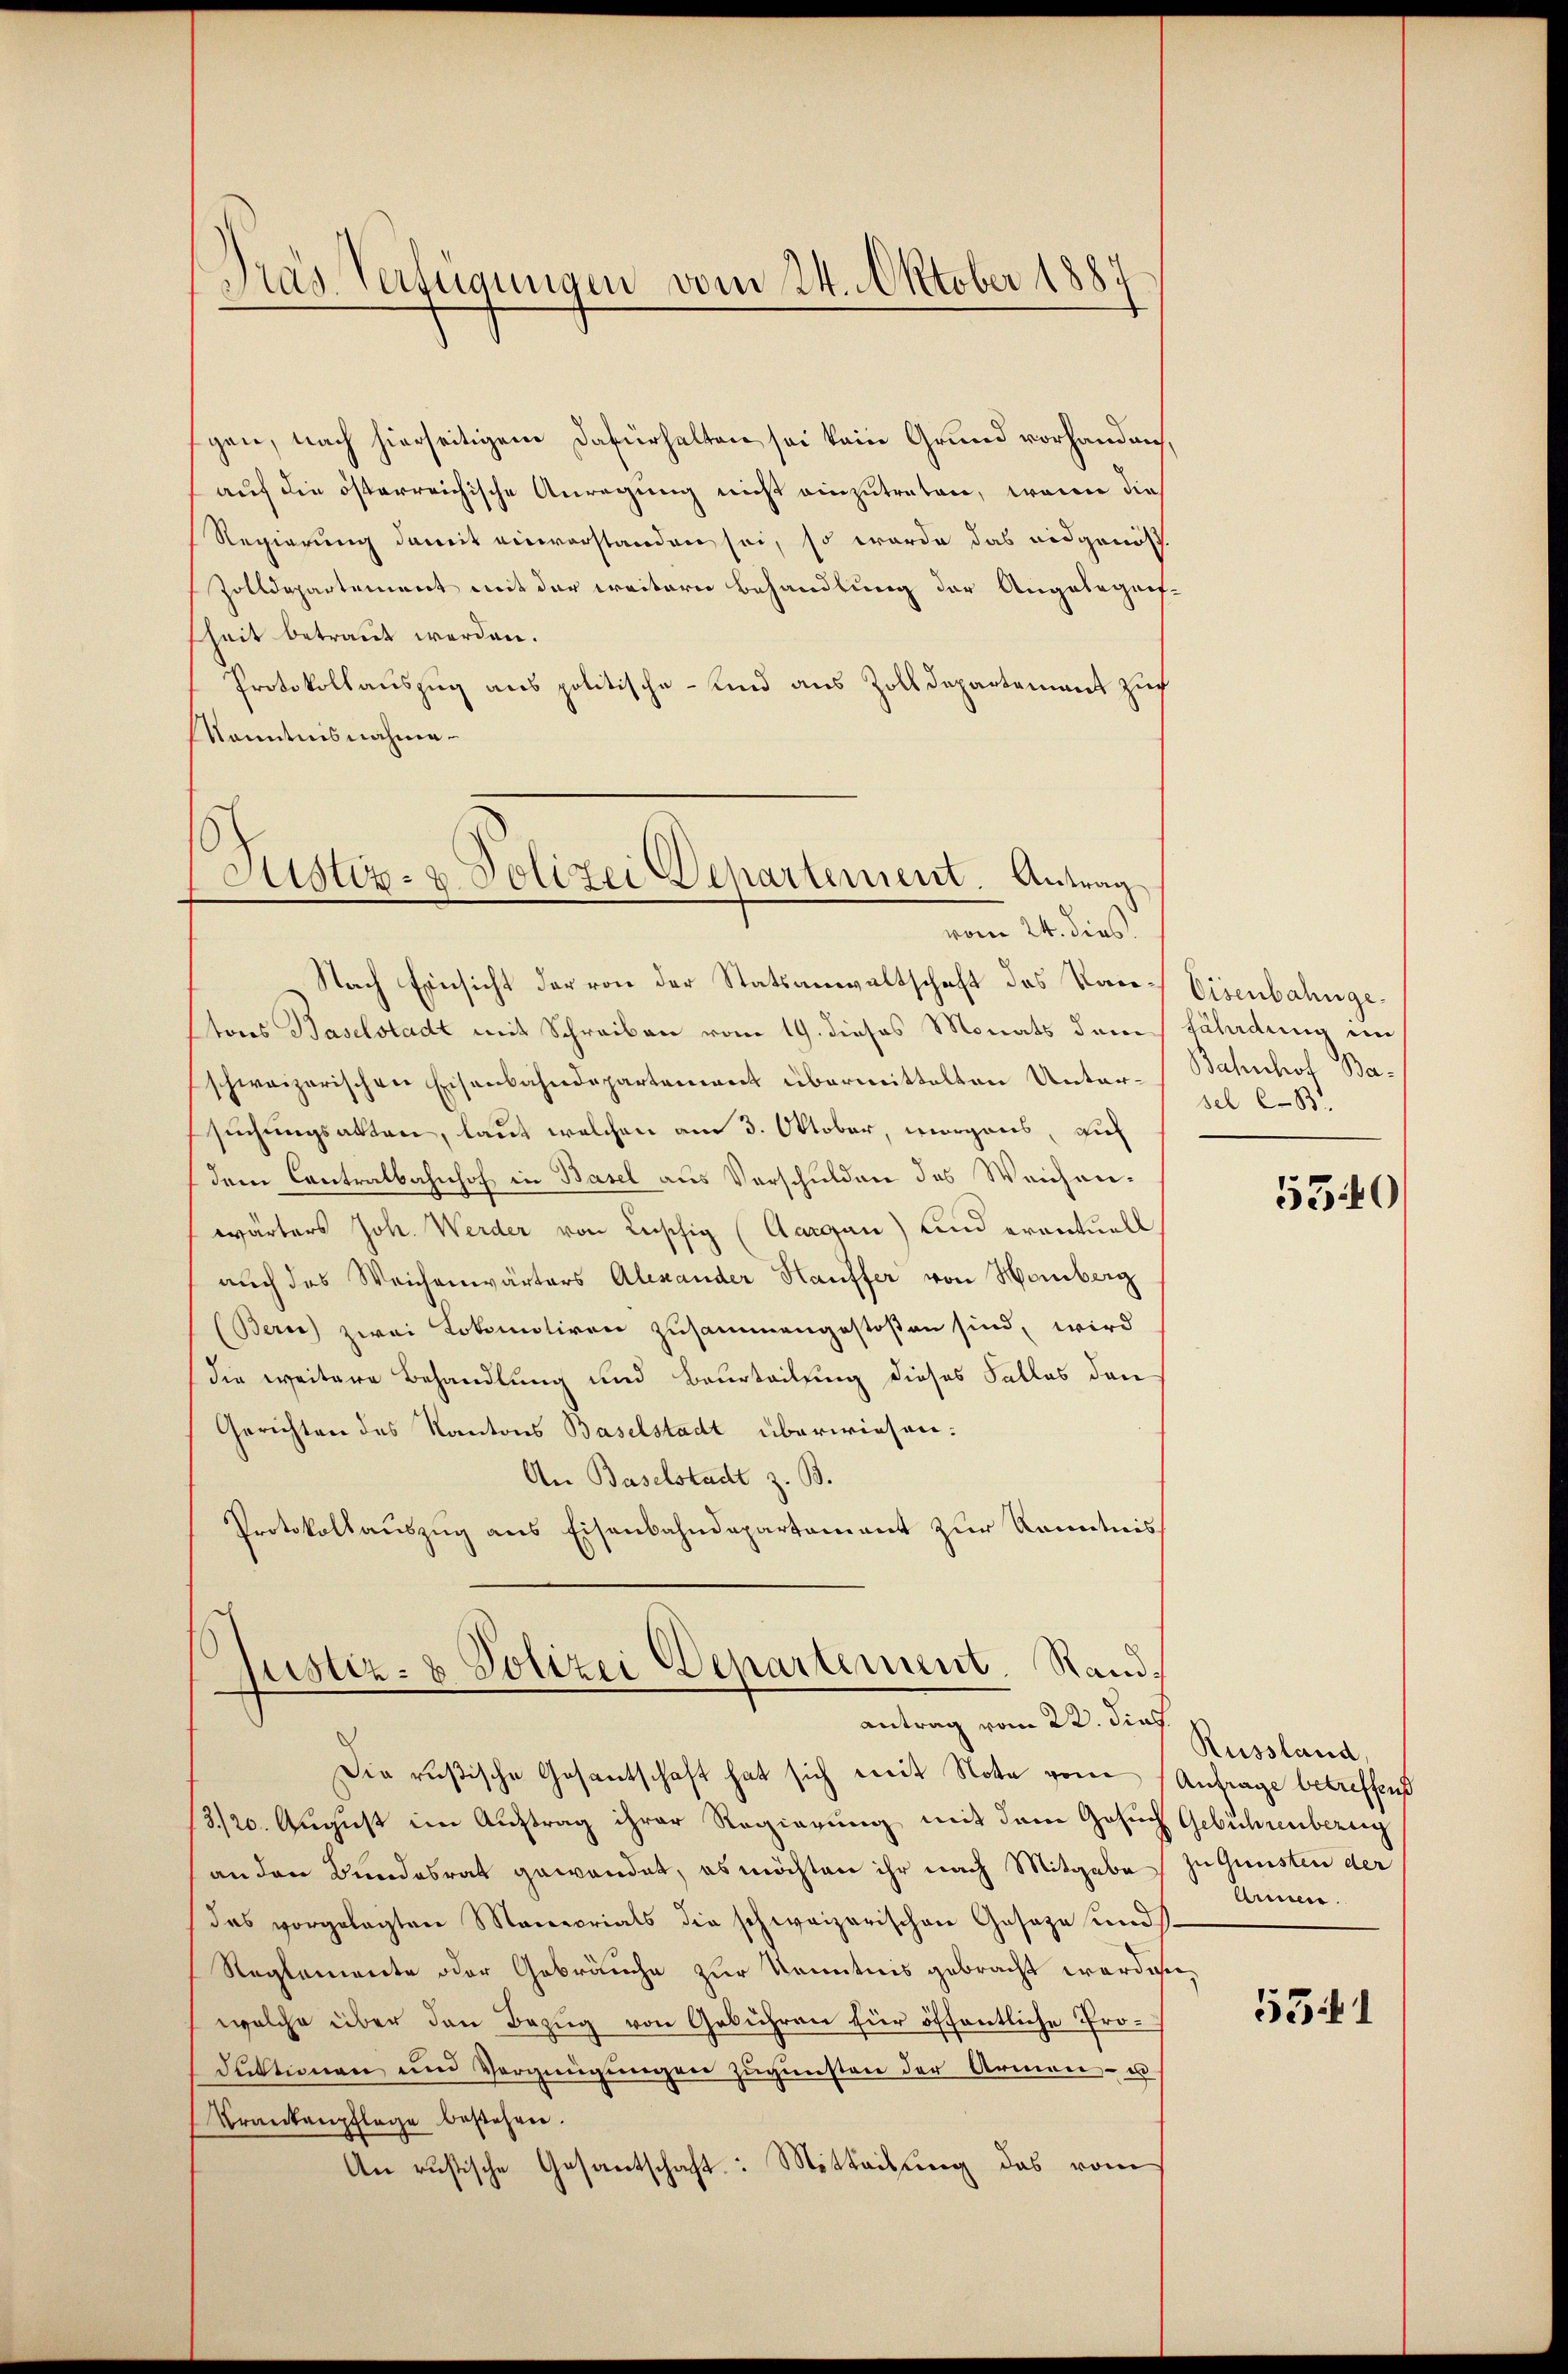
Pras Verfügungen vom 24. Oktober 1887

gen, nach hierseitigem Dafürhalten sei kein Grund vorhanden,
auf die österreichische Anregung nicht einzutreten, wenn die
Regierung damit einverstanden sei, so wurde das eidgenös
Zolldepartement mit der weitern Behandlung der Angabegrif-
sheit betraut werden.
Protokollauszug aus politische Kind aus Zolldepartement zuch
KKenntnisnahme
Nach Einsicht der von der Statsanwaltschaft des Kantors Baselstadt mit Schreiben vom 19. dieses Monats dem fährdung im
schweizerischen Eisenbahndepartement übermittelten Untersuchungsakten, laut welchen am 3. Oktober, morgens, auf
dem Contralbahnhof in Basel aus Verschulden des Weichenwärters Joh. Werder von Lupfig (Aargau) und eventuell
auch das Weichenwärters Alexander Hauffer von Homberg
(Bern) zwei Lokomotiren zusammengestoßen sind, wird
die weitere Behandlung und Beurteilung dieses Falles den
Gerichten des Kantons Baselstadt überwiesen:
An Baselstadt z. B.
Protokollauszug aus Eisenbahndepartement zur Kenntnis
s
Justiz- & Polizei Departement. Rand¬

Justiz- & Polizei Departement. Antrag
vom 24. dies

antrag vom 22. Dies

Die rusische Gesantschaft hat sich weit Note von Antrage betreffend
3./20. August im Auftrag ihrer Regierung mit dem Gesuch Gebührenbereig
an den Bundesrat gewendet, es möchten ihr nach Mitgabe zu Gunsten der
das vorgelegten Marecrials die schweizerischen Geseze und
Reglemente oder Gebräuche zur Kenntnis gebracht worden,
welche über den Bezŭg von Gebühren für öffentliche Produktionen und Vergnügungen zugunsten der Armen- u
Krankenpflege bestehen.
An rustische Gesantschaft: Mitteilung das vom

Eisenbahnge¬
Bahnhof Basel e-B.

5540

Russland,
Armnen.

5341